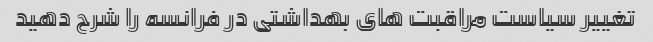
تغییر سیاست مراقبت های بهداشتی در فرانسه را شرح دهید